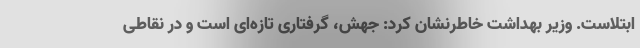
ابتلاست. وزیر بهداشت خاطرنشان کرد: جهش، گرفتاری تازه‌ای است و در نقاطی